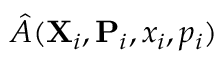
\hat { A } ( { \bf { X } } _ { i } , { \bf { P } } _ { i } , x _ { i } , p _ { i } )